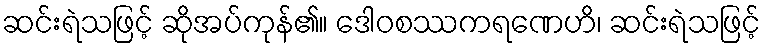
ဆင်းရဲသဖြင့် ဆိုအပ်ကုန်၏။ ဒေါဝစဿကရဏေဟိ၊ ဆင်းရဲသဖြင့်